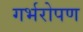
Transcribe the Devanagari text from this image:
गर्भरोपण